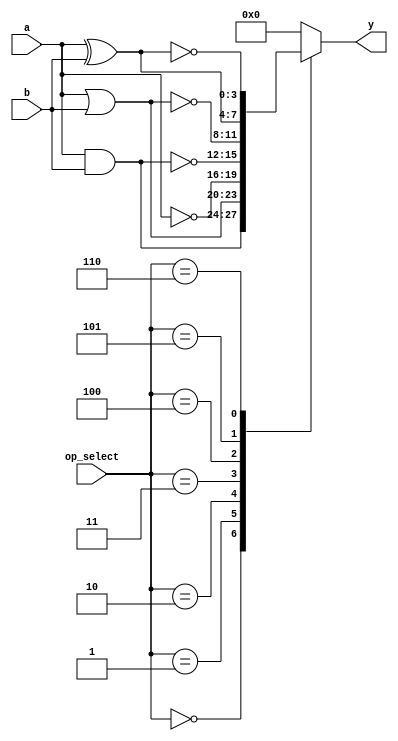
module covered_cell (
    input wire [3:0] a,          // 4-bit input
    input wire [3:0] b,          // 4-bit input
    input wire [2:0] op_select,  // Operation select signal
    output reg [3:0] y           // 4-bit output
);

    // Operation select codes
    localparam AND_OP  = 3'b000;
    localparam OR_OP   = 3'b001;
    localparam NOT_OP  = 3'b010;  // NOT operation applied to 'a' only
    localparam NAND_OP = 3'b011;
    localparam NOR_OP  = 3'b100;
    localparam XOR_OP  = 3'b101;
    localparam XNOR_OP = 3'b110;

    // Combinational logic implementation
    always @(*) begin
        case (op_select)
            AND_OP:  y = a & b;          // AND operation
            OR_OP:   y = a | b;          // OR operation
            NOT_OP:  y = ~a;             // NOT operation
            NAND_OP: y = ~(a & b);       // NAND operation
            NOR_OP:  y = ~(a | b);       // NOR operation
            XOR_OP:  y = a ^ b;          // XOR operation
            XNOR_OP: y = ~(a ^ b);       // XNOR operation
            default: y = 4'b0000;        // Default case
        endcase
    end

endmodule